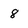
Character: 8